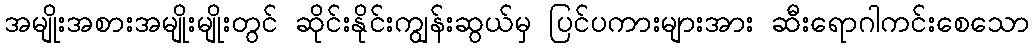
အမျိုးအစားအမျိုးမျိုးတွင် ဆိုင်းနိုင်းကျွန်းဆွယ်မှ ပြင်ပကားများအား ဆီးရောဂါကင်းစေသော